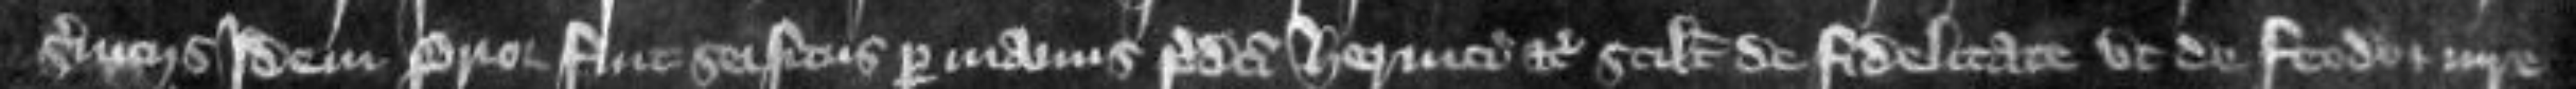
serviciis idem prior fuit seisitus per manus predicti He nr ici etc scilicet de fidelitate ut de feodo et jure